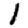
Digit: 1